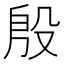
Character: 殷